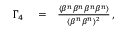
\begin{array} { r l r } { \Gamma _ { 4 } } & { { } = } & { \frac { \langle \beta ^ { n } \beta ^ { n } \beta ^ { n } \beta ^ { n } \rangle } { \langle \beta ^ { n } \beta ^ { n } \rangle ^ { 2 } } \, , } \end{array}